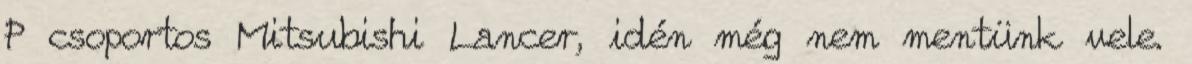
P csoportos Mitsubishi Lancer, idén még nem mentünk vele.